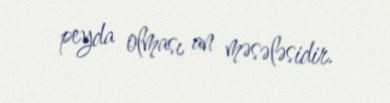
peyda olması an məsələsidir.